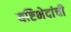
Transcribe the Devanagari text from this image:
यष्टिभेदांची